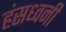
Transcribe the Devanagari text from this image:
हंसध्वनी